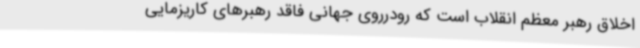
اخلاق رهبر معظم انقلاب است که رودرروی جهانی فاقد رهبرهای کاریزمایی